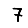
Digit: 7